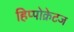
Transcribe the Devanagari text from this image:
हिप्पोक्रेटज